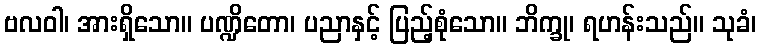
ဗလဝါ၊ အားရှိသော။ ပဏ္ဍိတော၊ ပညာနှင့် ပြည့်စုံသော။ ဘိက္ခု၊ ရဟန်းသည်။ သုခံ၊